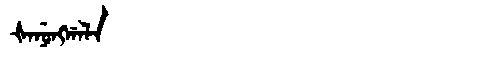
Manchu: ᡧᠠᠨᡠᠩᡤᠠᠯᠠ
Romanization: ŠANUNGGALA